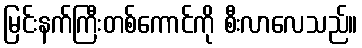
မြင်းနက်ကြီးတစ်ကောင်ကို စီးလာလေသည်။